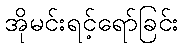
အိုမင်းရင့်ရော်ခြင်း